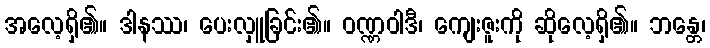
အလေ့ရှိ၏။ ဒါနဿ၊ ပေးလှူခြင်း၏။ ဝဏ္ဏဝါဒီ၊ ကျေးဇူးကို ဆိုလေ့ရှိ၏။ ဘန္တေ၊